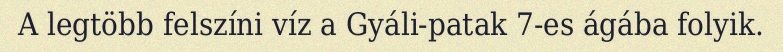
A legtöbb felszíni víz a Gyáli-patak 7-es ágába folyik.